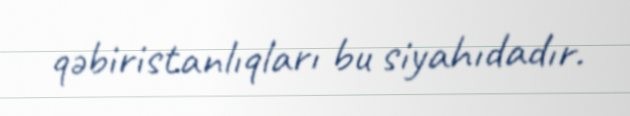
qəbiristanlıqları bu siyahıdadır.